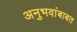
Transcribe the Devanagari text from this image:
अनुभवांबाबत